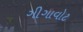
ગીગાવોટ